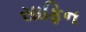
સાફિન